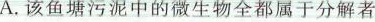
A.该鱼塘污泥中的微生物全都属于分解者